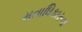
મતાધિકારના